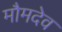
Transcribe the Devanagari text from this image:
मौमदेव